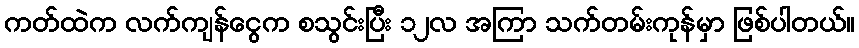
ကတ်ထဲက လက်ကျန်ငွေက စသွင်းပြီး ၁၂လ အကြာ သက်တမ်းကုန်မှာ ဖြစ်ပါတယ်။